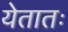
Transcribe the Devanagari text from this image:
येतातः